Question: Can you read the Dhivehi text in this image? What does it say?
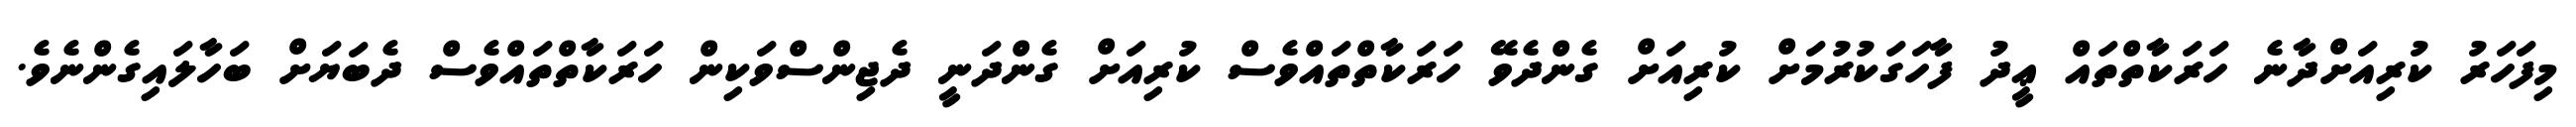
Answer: މިފަހަރު ކުރިއަށްދާނެ ހަރަކާތްތައް ޢީދު ފާހަގަކުރުމަށް ކުރިއަށް ގެންދެވޭ ހަރަކާތްތައްވެސް ކުރިއަށް ގެންދަނީ ދެޖިންސްވަކިން ހަރަކާތްތައްވެސް ދެބަޔަށް ބަހާލައިގެންނެވެ.